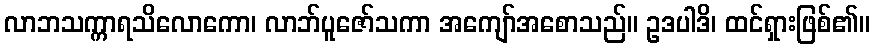
လာဘသက္ကာရသိလောကော၊ လာဘ်ပူဇော်သကာ အကျော်အစောသည်။ ဥဒပါဒိ၊ ထင်ရှားဖြစ်၏။